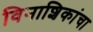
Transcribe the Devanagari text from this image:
विनाशिकांचा